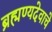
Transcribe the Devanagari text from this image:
ब्रह्मण्यदेवाचे